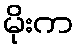
မိုးက